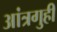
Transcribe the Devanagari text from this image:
आंत्रगुही